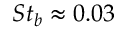
S t _ { b } \approx 0 . 0 3